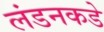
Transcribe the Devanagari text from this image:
लंडनकडे